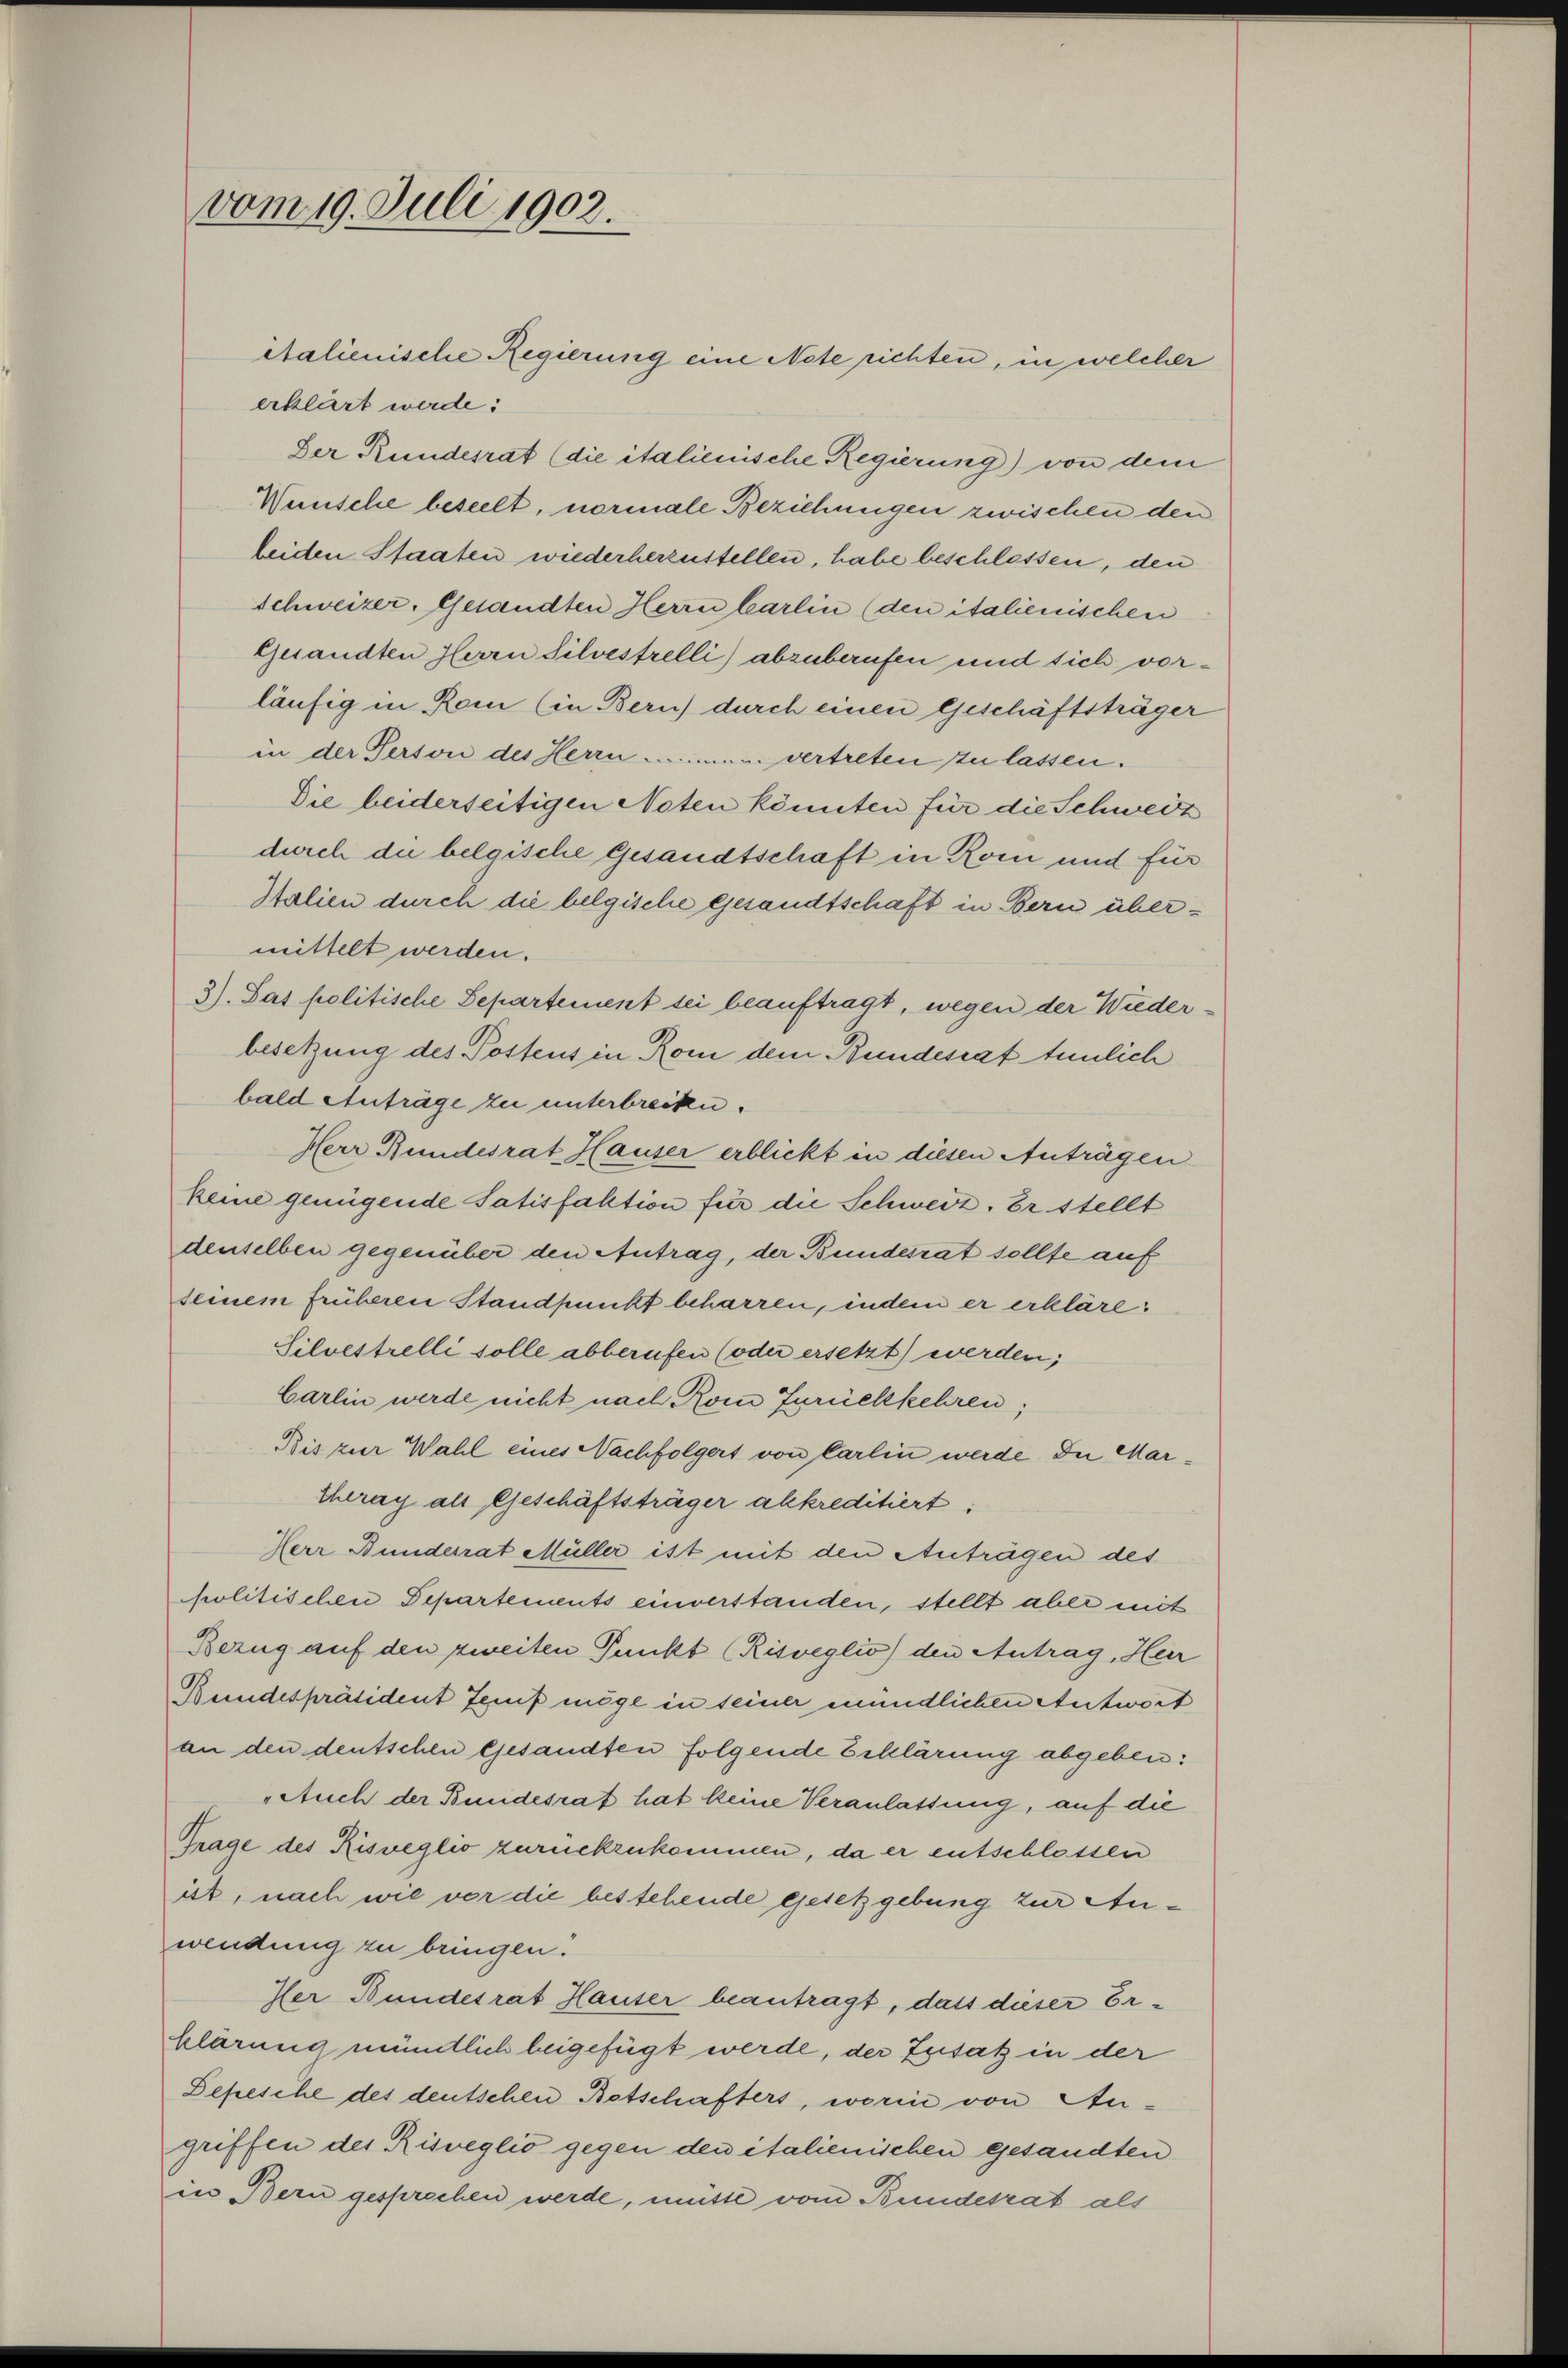
vom 19. Juli 1902.

italienische Regierung eine Nete richten, in welcher
erklärt werde:
Der Rundesrat (die italienische Regierung) von dem
Wünsche beseelt, normale Beziehungen zwischen den
beiden Staaten wiederherzustellen, habe beschlossen, den
Schweizer, Gesandten Herrn Carlin (den italienischen
Gesandten Herrn Silvestrelli) abzuberufen und sich vorläufig in Rom (in Bern) durch einen Geschäftsträger
in der Person des Herrn man vertreten zu lassen.
Die beiderseitigen Noten könnten für die Schweiz
durch die belgische Gesandtschaft in Rom und für
Stalien durch die belgische gesandtschaft in Bern übermittelt werden.
3) Sas politische Separtement sei beauftragt, wegen der Wieder
besetzung des Postens in Rom dem Bundesrathunlich
bald Anträge zu unterbrechen.
Herr Bundesrat Hauser erblickt in diesen Anträgen
keine genügende Satisfaktion für die Schweiz. Er stellt
denselben gegenüber den Antrag, der Bundesrat sollte auf
seinem früheren Standpunkt beharren, indem er erkläre
Silvestrelli solle abberufen (oder ersetzt) werden;
Carlin werde nicht nach Rom Zurückkehren;
Bis zur Wahl eines Nachfolgert von Carlin werde. In Martheray als Geschäftsträger akkreditiert,
Herr Bunderat Müller ist mit den Anträgen des
politischen Departements einverstanden, stellt aber mit
Bezug auf den zweiten Punkt (Risveglio) den Antrag, Heir
Bundespräsident Genf möge in seiner mündlichen Antwort
an den deutschen Gesandten folgende Erklärung abgeben:
„Auch der Bundesrat hat keine Veranlassung, auf die
Trage des Risveglio zurückzukommen, da er entschlossen
ist, nach wie vor die bestehende gesetzgebung zur Anwendung zu bringen.
Her Bundesrat Hauser beantragt, dass dieser Erklärung mündlich beigefügt werde, der Zusatz in der
Depesche des deutschen Botschafters, worin von Augriffen des Risveglio gegen den italienischen gesandten
in Bern gesprechen werde, müsse vom Bundesrat als